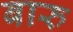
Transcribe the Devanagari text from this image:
बारु